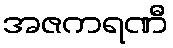
အဇကရဏီ